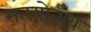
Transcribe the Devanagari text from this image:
मत्स्योत्सव